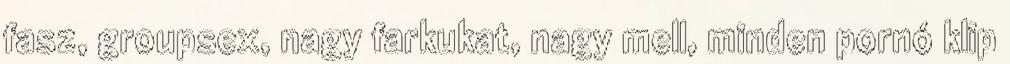
fasz, groupsex, nagy farkukat, nagy mell, minden pornó klip